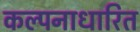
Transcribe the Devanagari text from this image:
कल्पनाधारित